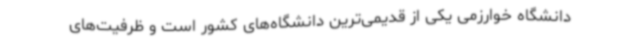
دانشگاه خوارزمی یکی از قدیمی‌ترین دانشگاه‌های کشور است و ظرفیت‌های